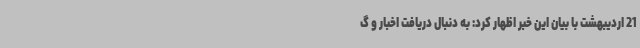
21 اردیبهشت‌ با بیان این خبر اظهار کرد: به دنبال دریافت اخبار و گ